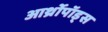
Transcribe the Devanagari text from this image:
आर्थ्रोपॉड्स